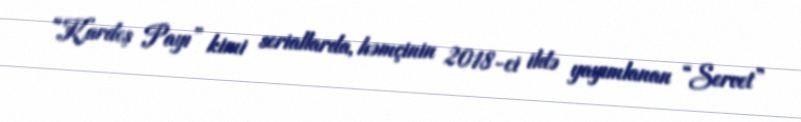
“Kardeş Payı” kimi seriallarda, həmçinin 2018-ci ildə yayımlanan “Servet”